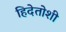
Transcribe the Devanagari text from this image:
हिदेतोशी